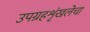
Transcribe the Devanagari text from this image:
उपग्रहशृंखलेचा